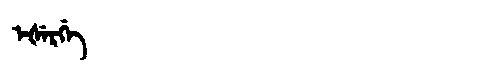
Manchu: ᡝᡧᡝᡵᡤᡝ
Romanization: EŠERGE